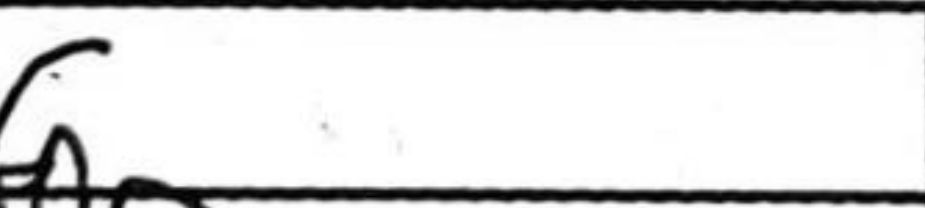
Transcription: f6